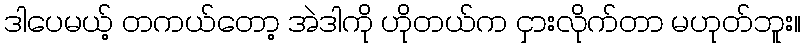
ဒါပေမယ့် တကယ်တော့ အဲဒါကို ဟိုတယ်က ငှားလိုက်တာ မဟုတ်ဘူး။